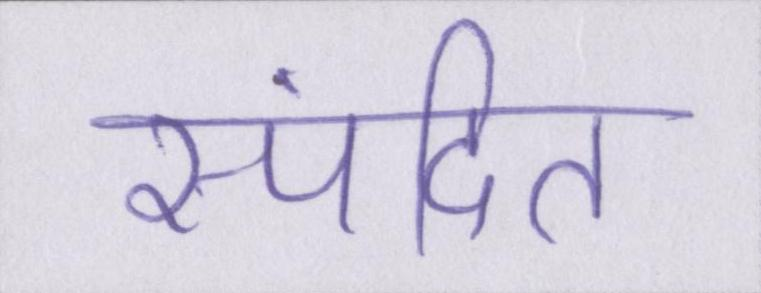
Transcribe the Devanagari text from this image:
स्पंदित